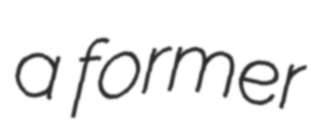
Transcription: a former